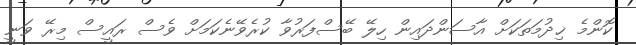
ކޮންމެ ޚިދުމަތަކަށް އާސަންދައިން ހިލޭ ބޭސްފަރުވާ ކުރެވޭނެކަމަށް ވެސް ރައީސް މިރޭ ވަނީ